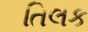
તિલક